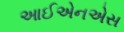
આઈએનએસ